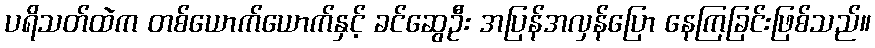
ပရိသတ်ထဲက တစ်ယောက်ယောက်နှင့် ခင်ဆွေဦး အပြန်အလှန်ပြော နေကြခြင်းဖြစ်သည်။